Distribution and causation of leprosy in British India
Year: 1875
Disease focus: Leprosy
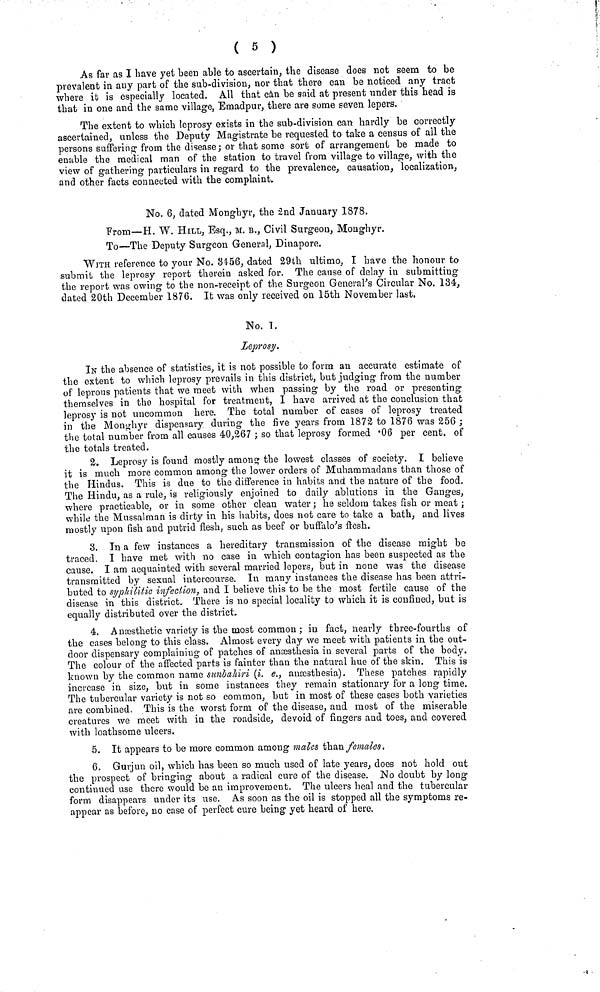
( 5 )
As far as I have yet been able to ascertain, the disease does not seem to be
prevalent in any part of the sub-division, nor that there can be noticed any tract
where it is especially located. All that can be said at present under this head is
that in one and the same village, Emadpur, there are some seven lepers.
The extent to which leprosy exists in the sub-division can hardly be correctly
ascertained, unless the Deputy Magistrate be requested to take a census of all the
persons suffering from the disease; or that some sort of arrangement be made to
enable the medical man of the station to travel from village to village, with the
view of gathering particulars in regard to the prevalence, causation, localization,
and other facts connected with the complaint.
No. 6, dated Monghyr, the 2nd January 1878.
From—H. W. HILL, Esq., M. B., Civil Surgeon, Monghyr.
To—The Deputy Surgeon General, Dinapore.
WITH reference to your No. 3456, dated 29th ultimo, I have the honour to
submit the leprosy report therein asked for. The cause of delay in submitting
the report was owing to the non-receipt of the Surgeon General's Circular No. 134,
dated 20th December 1876. It was only received on 15th November last.
No. I.
Leprosy.
IN the absence of statistics, it is not possible to form an accurate estimate of
the extent to which leprosy prevails in this district, but judging from the number
of leprous patients that we meet with when passing by the road or presenting
themselves in the hospital for treatment, I have arrived at the conclusion that
leprosy is not uncommon here. The total number of eases of leprosy treated
in the Monghyr dispensary during the five years from 1872 to 1876 was 256 ;
the total number from all causes 40,267 ; so that leprosy formed .06 per cent. of
the totals treated.
2. Leprosy is found mostly among the lowest classes of society. I believe
it is much more common among the lower orders of Muhammadans than those of
the Hindus. This is due to the difference in habits and the nature of the food.
The Hindu, as a rule, is religiously enjoined to daily ablutions in the Gauges,
where practicable, or in some other clean water; he seldom takes fish or meat;
while the Mussalman is dirty in his habits, does not care to take a bath, and lives
mostly upon fish and putrid flesh, such as beef or buffalo's flesh.
3. In a few instances a hereditary transmission of the disease might be
traced. I have met with no case in which contagion has been suspected as the
cause. I am acquainted with several married lepers, but in none was the disease
transmitted by sexual intercourse. In many instances the disease has been attri-
buted to syphilitic infection, and I believe this to be the most fertile cause of the
disease in this district. There is no special locality to which it is confined, but is
equally distributed over the district.
4. Anæsthetic variety is the most common ; in fact, nearly three-fourths of
the cases belong to this class. Almost every day we meet with patients in the out-
door dispensary complaining of patches of anæsthesia in several parts of the body.
The colour of the affected parts is fainter than the natural hue of the skin. This is
known by the common name sunbahiri (i. e., anaæsthesia). These patches rapidly
increase in size, but in some instances they remain stationary for a long time.
The tubercular variety is not so common, but in most of these cases both varieties
are combined. This is the worst form of the disease, and most of the miserable
creatures we meet with in the roadside, devoid of fingers and toes, and covered
with loathsome ulcers.
5. It appears to be more common among males than females.
6. Gurjun oil, which has been so much used of late years, does not hold out
the prospect of bringing about a radical cure of the disease. No doubt by long
continued use there would be an improvement. The ulcers heal and the tubercular
form disappears under its use. As soon as the oil is stopped all the symptoms re-
appear as before, no case of perfect cure being yet heard of here.